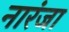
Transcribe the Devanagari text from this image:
नारंजा